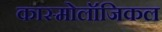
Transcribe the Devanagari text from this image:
कास्मोलॉजिकल